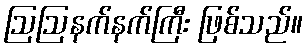
ဩဩနက်နက်ကြီး ဖြစ်သည်။